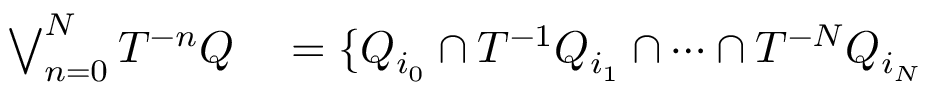
\begin{array} { r l } { \bigvee _ { n = 0 } ^ { N } T ^ { - n } Q } & { { } = \{ Q _ { i _ { 0 } } \cap T ^ { - 1 } Q _ { i _ { 1 } } \cap \cdots \cap T ^ { - N } Q _ { i _ { N } } } \end{array}